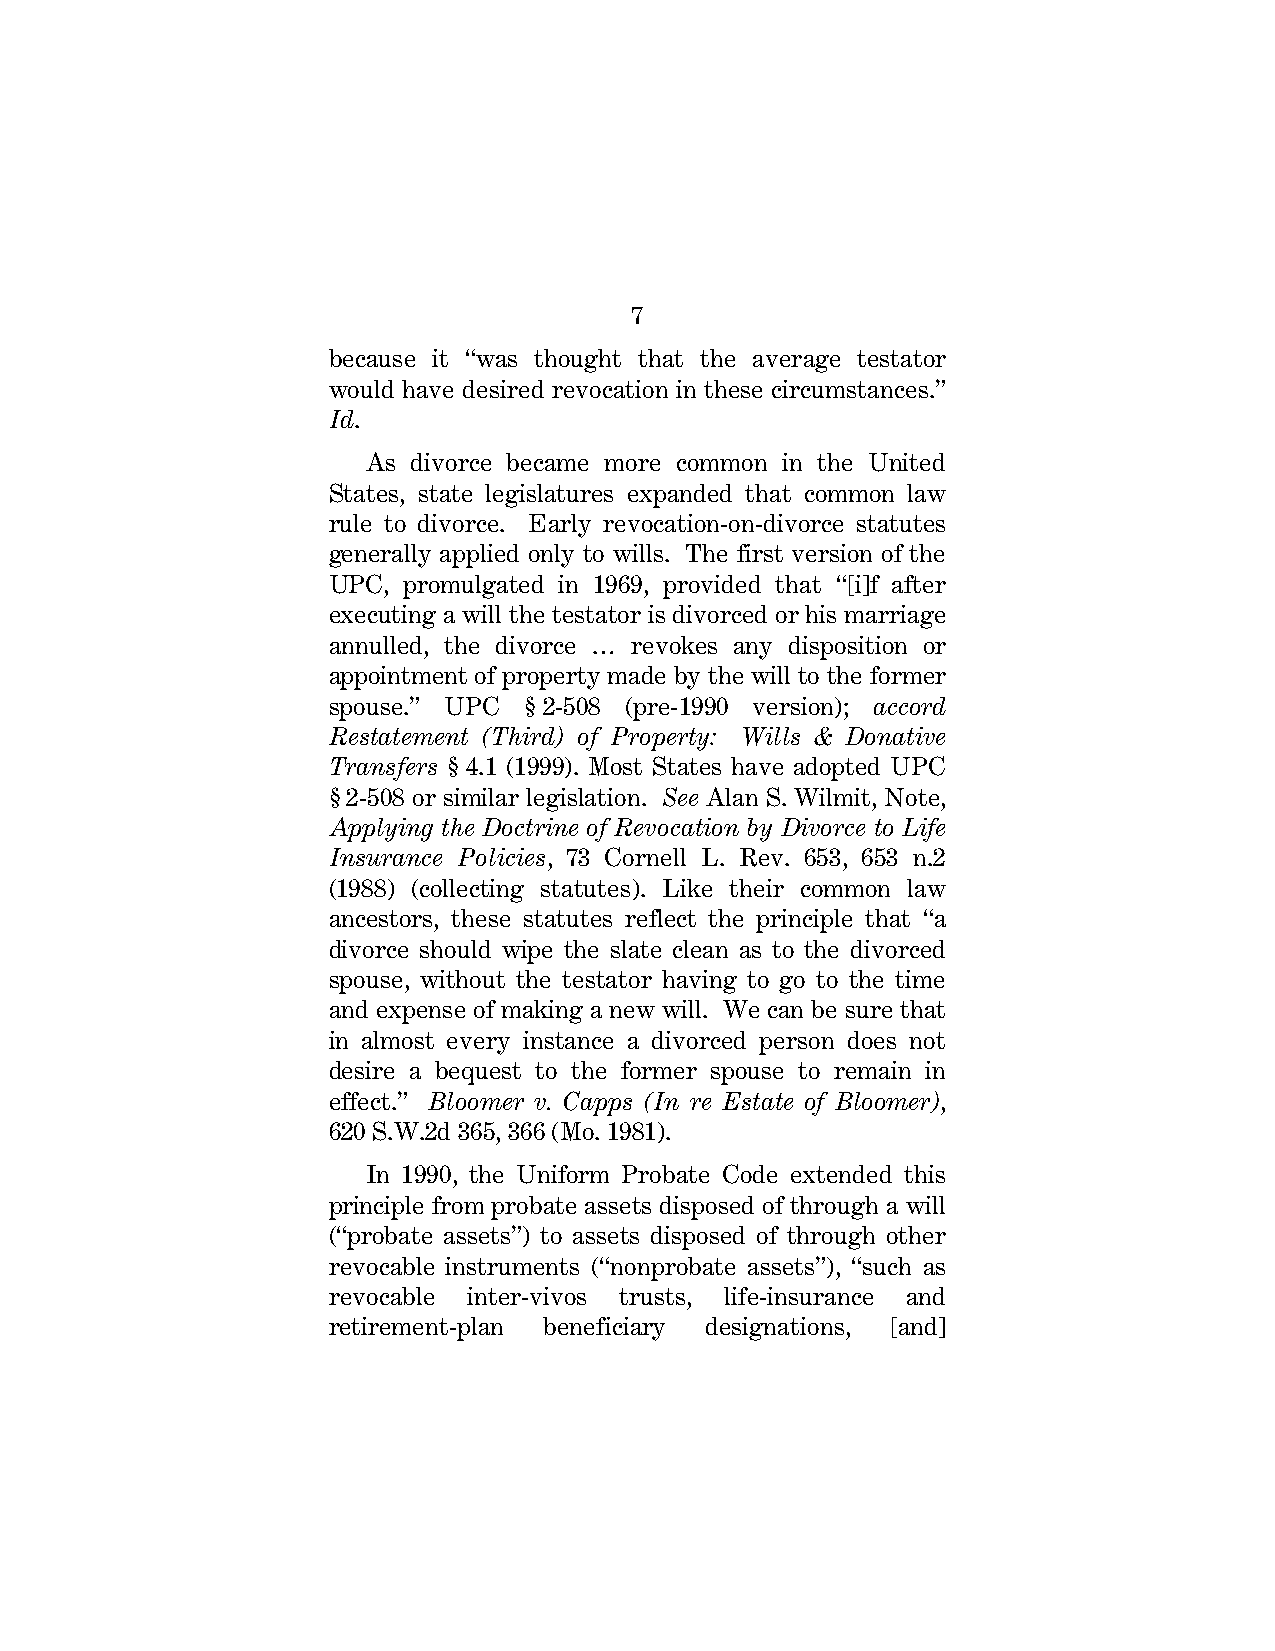
7
 because it “was thought that the average testator
 would have desired revocation in these circumstances.”
 Id.
 As divorce became more common in the United
 States, state legislatures expanded that common law
 rule to divorce. Early revocation-on-divorce statutes
 generally applied only to wills. The first version of the
 UPC, promulgated in 1969, provided that “[i]f after
 executing a will the testator is divorced or his marriage
 annulled, the divorce … revokes any disposition or
 appointment of property made by the will to the former
 spouse.” UPC § 2-508 (pre-1990 version); accord
 Restatement (Third) of Property: Wills & Donative
 Transfers § 4.1 (1999). Most States have adopted UPC
 § 2-508 or similar legislation. See Alan S. Wilmit, Note,
 Applying the Doctrine of Revocation by Divorce to Life
 Insurance Policies, 73 Cornell L. Rev. 653, 653 n.2
 (1988) (collecting statutes). Like their common law
 ancestors, these statutes reflect the principle that “a
 divorce should wipe the slate clean as to the divorced
 spouse, without the testator having to go to the time
 and expense of making a new will. We can be sure that
 in almost every instance a divorced person does not
 desire a bequest to the former spouse to remain in
 effect.” Bloomer v. Capps (In re Estate of Bloomer),
 620 S.W.2d 365, 366 (Mo. 1981).
 In 1990, the Uniform Probate Code extended this
 principle from probate assets disposed of through a will
 (“probate assets”) to assets disposed of through other
 revocable instruments (“nonprobate assets”), “such as
 revocable inter-vivos trusts, life-insurance and
 retirement-plan beneficiary designations, [and]